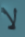
لا